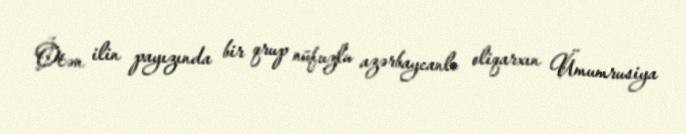
Ötən ilin payızında bir qrup nüfuzlu azərbaycanlı oliqarxın Ümumrusiya